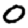
Digit: 0